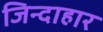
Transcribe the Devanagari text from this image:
जिन्दाहार